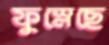
ফুস্‌লেছে